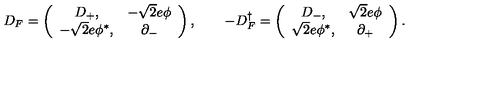
D _ { F } = \left( \begin{array} { c c } { D _ { + } , } & { - \sqrt { 2 } e \phi } \\ { - \sqrt { 2 } e \phi ^ { * } , } & { \partial _ { - } } \\ \end{array} \right) , \qquad - D _ { F } ^ { \dag } = \left( \begin{array} { c c } { D _ { - } , } & { \sqrt { 2 } e \phi } \\ { \sqrt { 2 } e \phi ^ { * } , } & { \partial _ { + } } \\ \end{array} \right) .